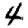
Digit: 4